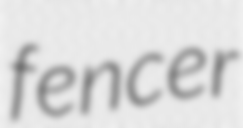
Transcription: fencer